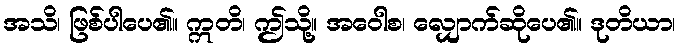
အသိ၊ ဖြစ်ပါပေ၏။ ဣတိ၊ ဤသို့။ အဝေါစ၊ လျှောက်ဆိုပေ၏။ ဒုတိယာ၊